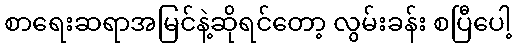
စာရေးဆရာအမြင်နဲ့ဆိုရင်တော့ လွမ်းခန်း စပြီပေါ့